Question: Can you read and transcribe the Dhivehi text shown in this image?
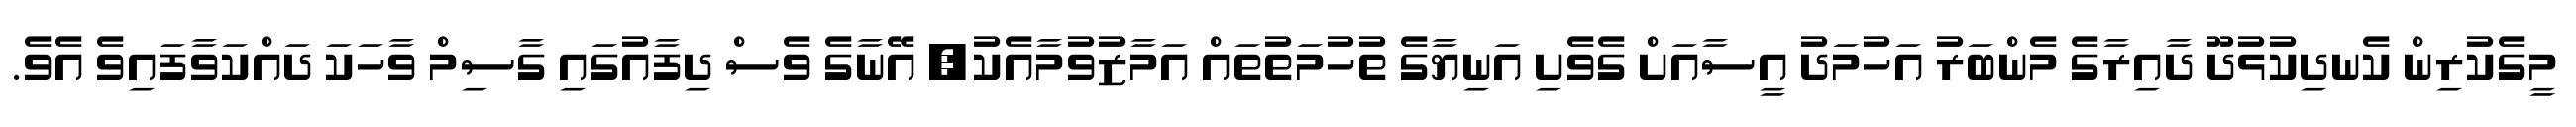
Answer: މީގެކުރިން ކެނދިކުޅުދޫ ދާއިރާގެ މެންބަރު އަހުމަދު އީސާއަށް ގެވެށި އަނިޔާގެ ތުހުމަތުތައް އަމާޒުވުމާއެކު, އޭނާގެ ވެސް ދިފާއުގައި ގާސިމް ވާހަކަ ދައްކަވާފައިވެ އެވެ.